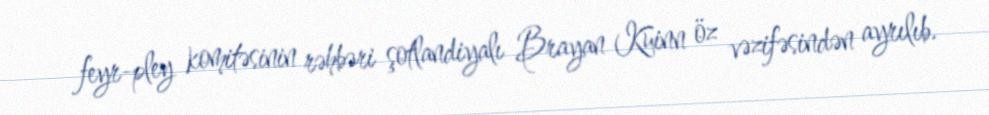
feyr-pley komitəsinin rəhbəri şotlandiyalı Brayan Kuinn öz vəzifəsindən ayrılıb.